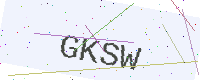
Text: GKSW